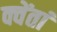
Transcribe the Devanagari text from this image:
क्वेंतां